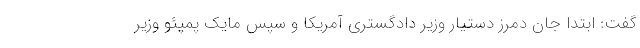
گفت: ابتدا جان دمرز دستیار وزیر دادگستری آمریکا و سپس مایک پمپئو وزیر